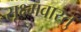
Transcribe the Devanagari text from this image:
सूक्ष्मवास्तु